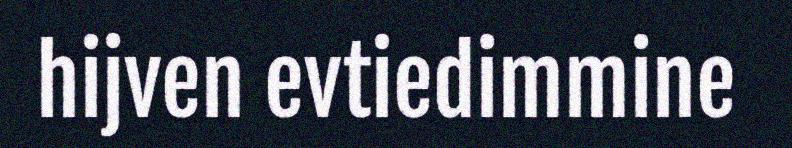
hijven evtiedimmine